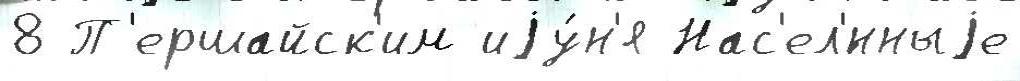
8 П'ершайск'им иjу́н'я Нас'ел'́нныjе